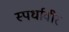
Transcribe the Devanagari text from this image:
स्पर्धावीर